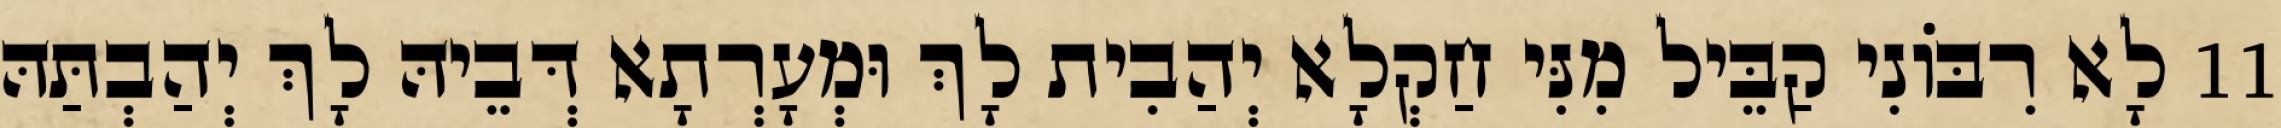
11 לָא רִבּוֹנִי קַבֵּיל מִנִּי חַקְלָא יְהַבִית לָךְ וּמְעָרְתָא דְּבֵיהּ לָךְ יְהַבְתַּהּ